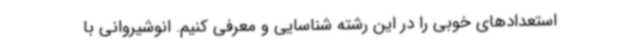
استعدادهای خوبی را در این رشته شناسایی و معرفی کنیم. انوشیروانی با